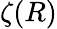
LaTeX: \zeta(R)